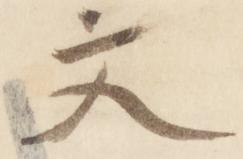
文